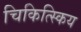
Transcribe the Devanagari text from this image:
चिकित्स्किय